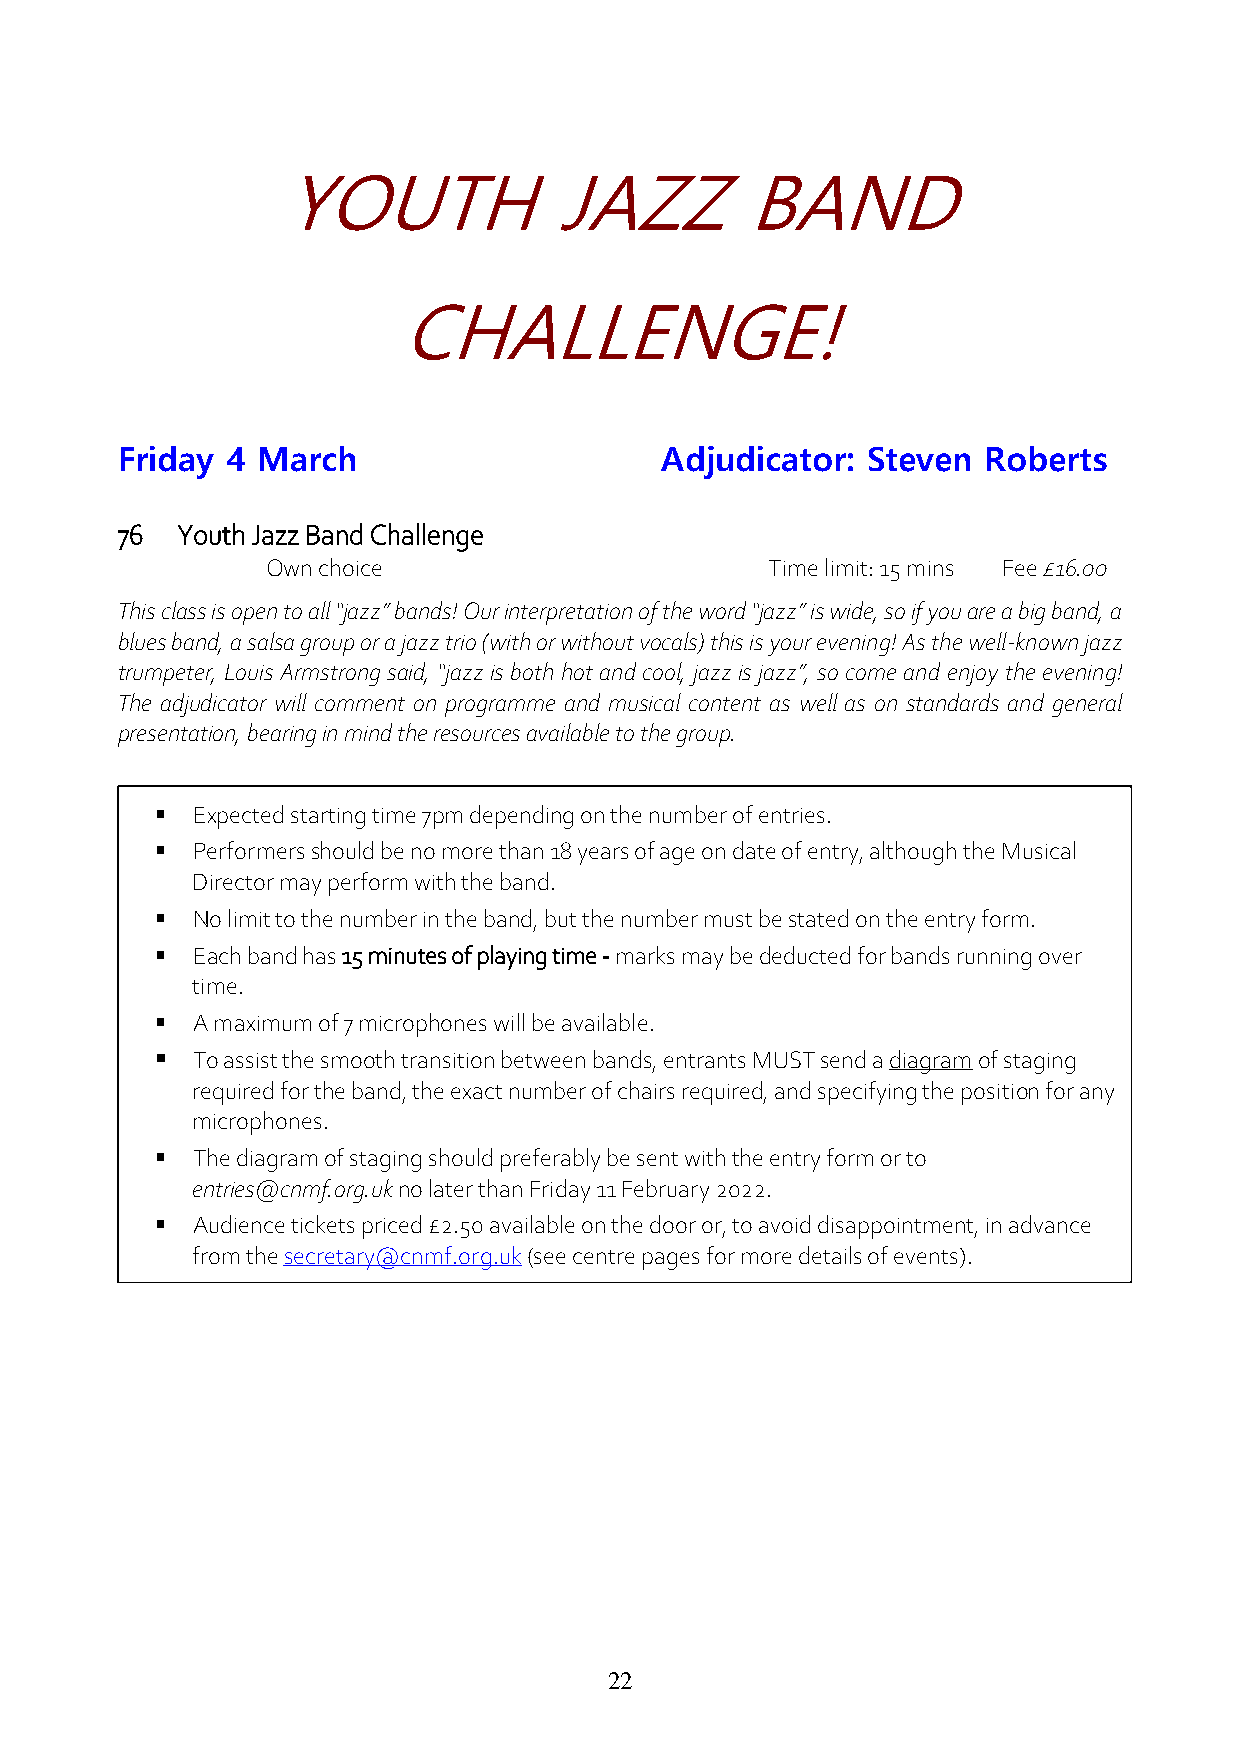
YOUTH             JAZZ        BAND
 CHALLENGE!
 Friday 4 March                      Adjudicator: Steven  Roberts
 76  Youth Jazz Band Challenge
 Own choice                       Time limit: 15 mins Fee £16.00
 This class is open to all “jazz” bands! Our interpretation of the word “jazz” is wide, so if you are a big band, a
 blues band, a salsa group or a jazz trio (with or without vocals) this is your evening! As the well-known jazz
 trumpeter, Louis Armstrong said, “jazz is both hot and cool, jazz is jazz”, so come and enjoy the evening!
 The adjudicator will comment on programme and musical content as well as on standards and general
 presentation, bearing in mind the resources available to the group.
   Expected starting time 7pm depending on the number of entries.
   Performers should be no more than 18 years of age on date of entry, although the Musical
 Director may perform with the band.
   No limit to the number in the band, but the number must be stated on the entry form.
   Each band has 15 minutes of playing time - marks may be deducted for bands running over
 time.
   A maximum of 7 microphones will be available.
   To assist the smooth transition between bands, entrants MUST send a diagram of staging
 required for the band, the exact number of chairs required, and specifying the position for any
 microphones.
   The diagram of staging should preferably be sent with the entry form or to
 entries@cnmf.org.uk no later than Friday 11 February 2022.
   Audience tickets priced £2.50 available on the door or, to avoid disappointment, in advance
 from the secretary@cnmf.org.uk (see centre pages for more details of events).
 22